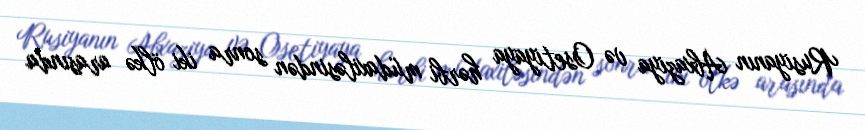
Rusiyanın Abxaziya və Osetiyaya hərbi müdaxiləsindən sonra iki ölkə arasında